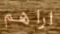
اراهم